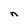
Character: n